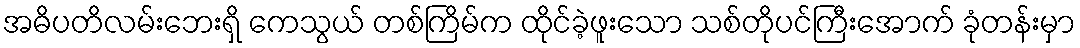
အဓိပတိလမ်းဘေးရှိ ကေသွယ် တစ်ကြိမ်က ထိုင်ခဲ့ဖူးသော သစ်တိုပင်ကြီးအောက် ခုံတန်းမှာ